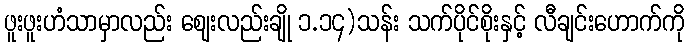
ဖူးဖူးဟံသာမှာလည်း ဈေးလည်းချို ၁.၁၄)သန်း သက်ပိုင်စိုးနှင့် လီချင်းဟောက်ကို